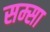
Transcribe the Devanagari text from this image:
सम्सा